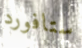
ستافورد